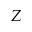
Z